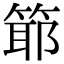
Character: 𥯘